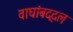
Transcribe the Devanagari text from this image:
वाघांबद्दल